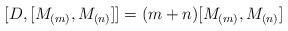
LaTeX: \begin{align*}\lbrack D,[M_{(m)},M_{(n)}]]=(m+n)[M_{(m)},M_{(n)}]\end{align*}